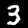
Label: 3